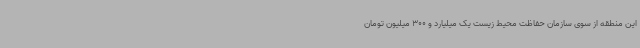
این منطقه از سوی سازمان حفاظت محیط زیست یک میلیارد و 300 میلیون تومان